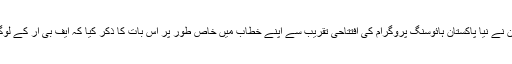
وزیراعظم عمران خان نے نیا پاکستان ہائوسنگ پروگرام کی افتتاحی تقریب سے اپنے خطاب میں خاص طور پر اس بات کا ذکر کیا کہ ایف بی آر کے لوگ تبدیلی نہیں چاہتے۔